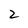
Character: 2